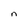
Character: n